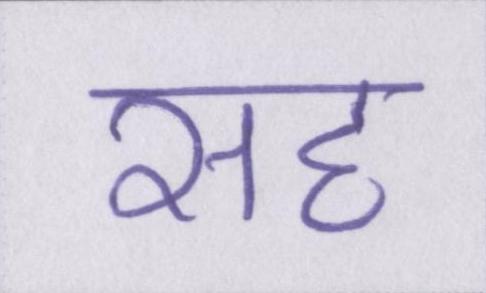
सह